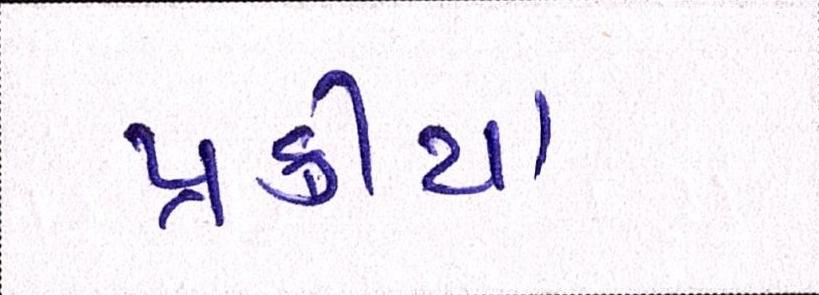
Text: પ્રક્રીયા